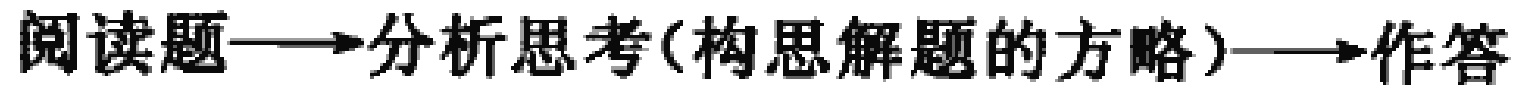
阅读题$\longrightarrow$分析思考(构思解题的方略)$\longrightarrow$作答